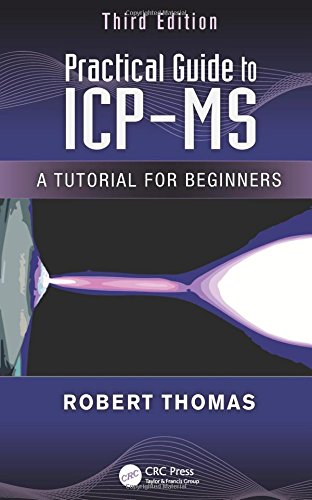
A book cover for Practical Guide to ICP-MS: A Tutorial for Beginners, Third Edition (Practical Spectroscopy); Robert Thomas; Science & Math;